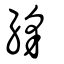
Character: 絼